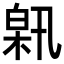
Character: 𤽰